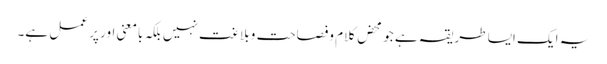
یہ ایک ایسا طریقہ ہے جو محض کلام وفصاحت و بلاغت نہیں بلکہ بامعنی اور پر عمل ہے۔